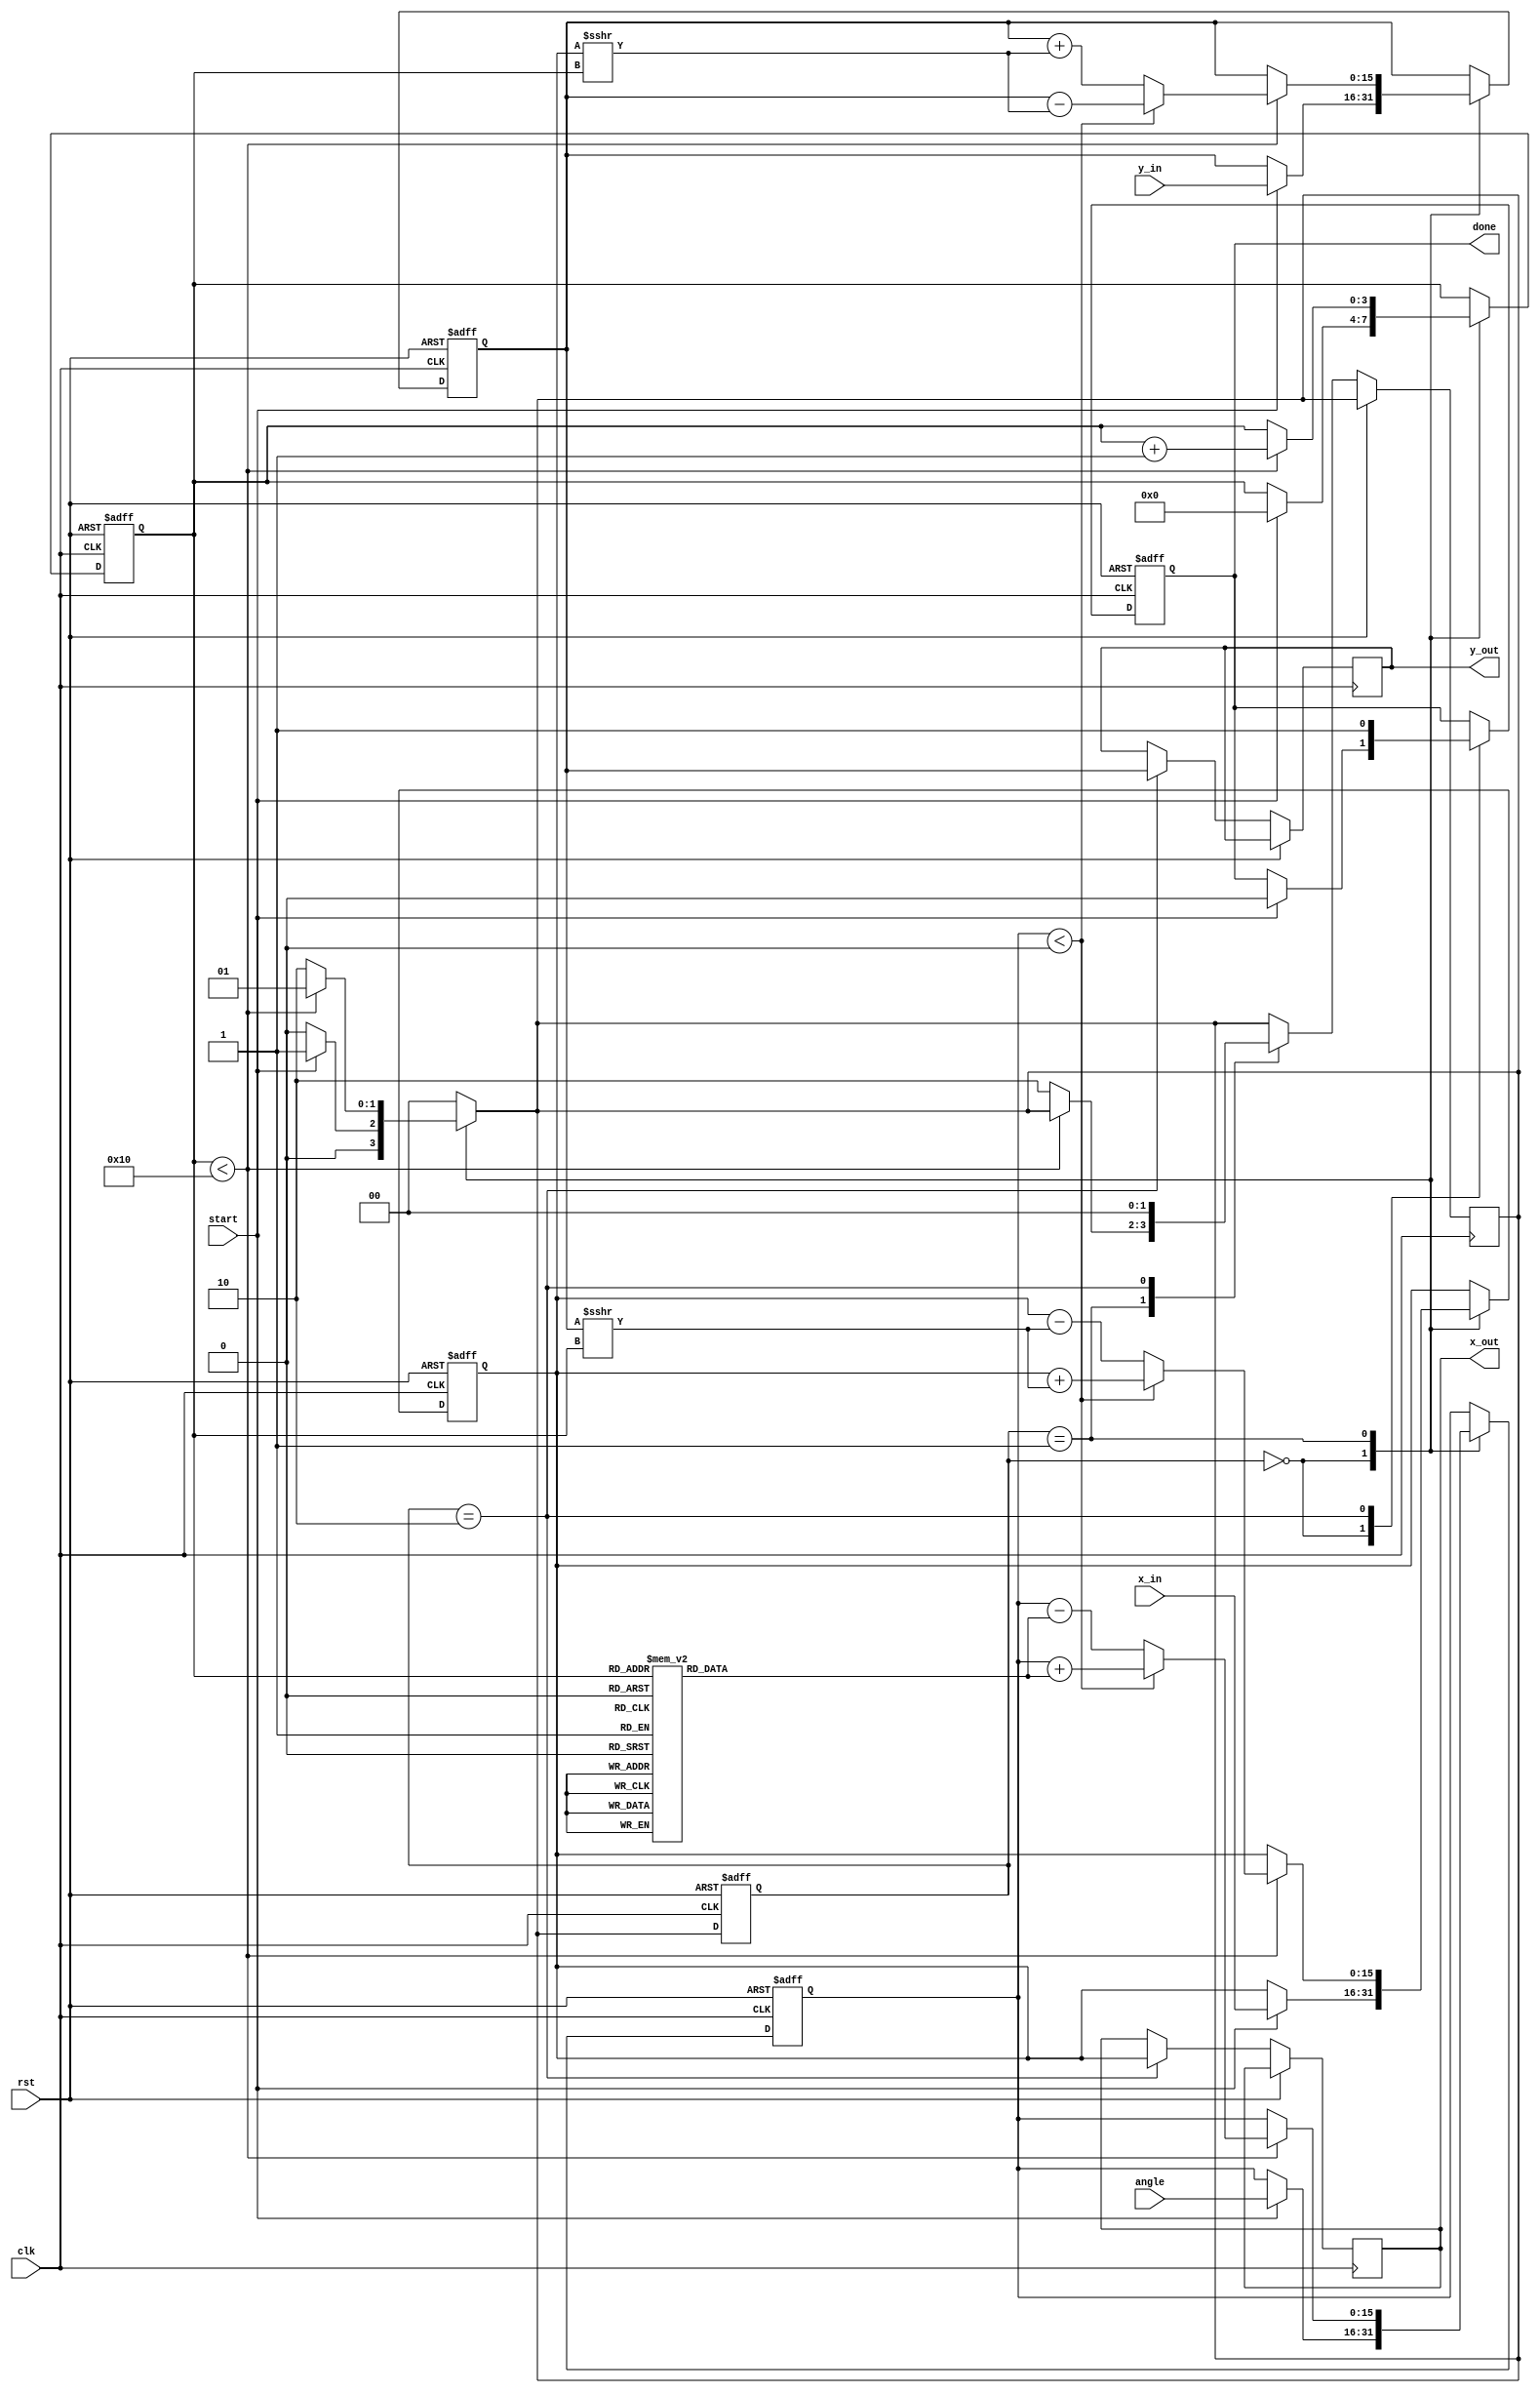
module cordic_fixed_point #(
    parameter N = 16,                // Number of iterations
    parameter WIDTH = 16,            // Width of fixed-point representation
    parameter LUT_WIDTH = 16          // Width of LUT for atan(2^-i)
)(
    input wire clk,
    input wire rst,
    input wire start,
    input wire signed [WIDTH-1:0] angle, // Input angle in fixed-point
    input wire signed [WIDTH-1:0] x_in,   // Input x vector
    input wire signed [WIDTH-1:0] y_in,   // Input y vector
    output reg signed [WIDTH-1:0] x_out,  // Output x vector
    output reg signed [WIDTH-1:0] y_out,  // Output y vector
    output reg done                     // Done signal
);

    // CORDIC LUT for atan(2^-i)
    reg signed [LUT_WIDTH-1:0] atan_lut [0:N-1];
    initial begin
        // Pre-computed atan(2^-i) values (scaled appropriately)
        atan_lut[0] = 16'h2000; // atan(1) = pi/4 in fixed-point
        atan_lut[1] = 16'h1666; // atan(0.5) = pi/6 in fixed-point
        atan_lut[2] = 16'h0D89; // atan(0.25) = pi/12 in fixed-point
        // ... Fill in the rest of the LUT values
        // atan_lut[3] = ...
        // ...
    end

    // State definitions
    localparam IDLE = 2'b00, 
               RUN  = 2'b01, 
               DONE = 2'b10;

    reg [1:0] state, next_state;
    reg [3:0] iteration; // Iteration counter
    reg signed [WIDTH-1:0] x, y, z; // Internal x, y, z registers

    // CORDIC iteration logic
    always @(posedge clk or posedge rst) begin
        if (rst) begin
            state <= IDLE;
            x <= 0;
            y <= 0;
            z <= 0;
            iteration <= 0;
            done <= 0;
        end else begin
            state <= next_state;
            case (state)
                IDLE: begin
                    if (start) begin
                        x <= x_in;
                        y <= y_in;
                        z <= angle;
                        iteration <= 0;
                        done <= 0;
                    end
                end
                RUN: begin
                    if (iteration < N) begin
                        if (z < 0) begin
                            // Rotate clockwise
                            x <= x + (y >>> iteration);
                            y <= y - (x >>> iteration);
                            z <= z + atan_lut[iteration];
                        end else begin
                            // Rotate counter-clockwise
                            x <= x - (y >>> iteration);
                            y <= y + (x >>> iteration);
                            z <= z - atan_lut[iteration];
                        end
                        iteration <= iteration + 1;
                    end else begin
                        next_state <= DONE;
                    end
                end
                DONE: begin
                    x_out <= x;
                    y_out <= y;
                    done <= 1;
                    next_state <= IDLE; // Go back to IDLE
                end
            endcase
        end
    end

    // FSM next state logic
    always @(*) begin
        case (state)
            IDLE: next_state = start ? RUN : IDLE;
            RUN: next_state = (iteration < N) ? RUN : DONE;
            DONE: next_state = IDLE;
            default: next_state = IDLE;
        endcase
    end

endmodule